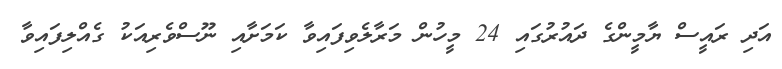
އަދި ރައީސް ޔާމީންގެ ދައުރުގައި 24 މީހުން މަރާލެވިފައިވާ ކަމަށާއި ނޫސްވެރިއަކު ގެއްލިފައިވާ